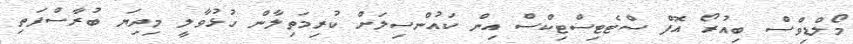
މޯލްޑިވްސް ބިއުރޯ އޮފް ސްޓެޓިސްޓިކްސް އިން ކައުންސިލަށް ކުރިމަތިލާން ހުޅުވާލީ މިދިޔަ ބުރާސްފަތި